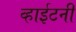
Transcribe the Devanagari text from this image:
व्हाईटनी